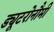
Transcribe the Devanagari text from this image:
ड्यूटरोनौमी